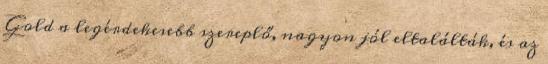
Gold a legérdekesebb szereplő, nagyon jól eltalálták, és az